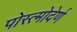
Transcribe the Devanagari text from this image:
पोस्त्मोदेर्ण